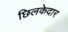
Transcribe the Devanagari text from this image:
छिलकेदार